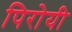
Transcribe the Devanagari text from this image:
पिरोयी